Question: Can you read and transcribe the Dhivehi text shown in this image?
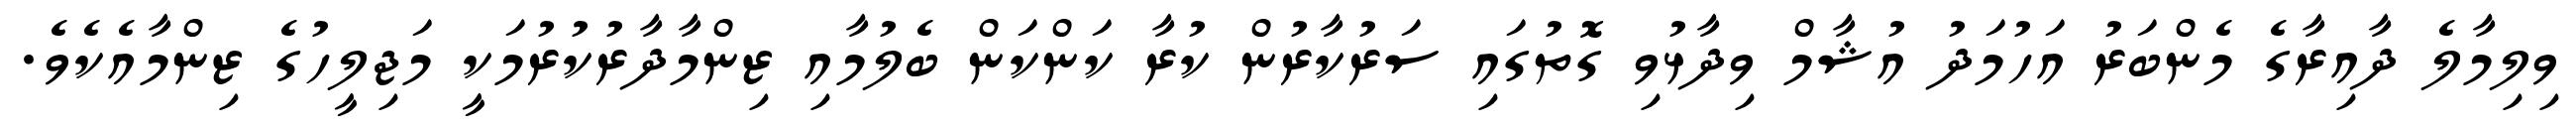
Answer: ވިލިމާލެ ދާއިރާގެ މެންބަރު އަހުމަދު އުޝާމް ވިދާޅުވި ގޮތުގައި ސަރުކާރުން ކުރާ ކަންކަން ބެލުމާއި ޒިންމާދާރުކުރުމަކީ މަޖިލީހުގެ ޒިންމާއެކެވެ.